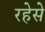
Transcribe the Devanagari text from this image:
रहेसे